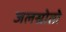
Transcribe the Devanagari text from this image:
जलस्रोतो